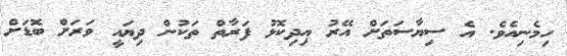
ހިމެނިއެވެ. އެ ސިޔާސަތަށް އޭރު އިދިކޮޅު ފަރާތް ތަކުން ދިޔައީ ވަރަށް ބޮޑަށް